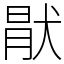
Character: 猒